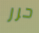
حرر